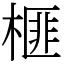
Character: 榧